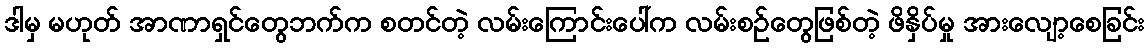
ဒါမှ မဟုတ် အာဏာရှင်တွေဘက်က စတင်တဲ့ လမ်းကြောင်းပေါ်က လမ်းစဉ်တွေဖြစ်တဲ့ ဖိနှိပ်မှု အားလျော့စေခြင်း